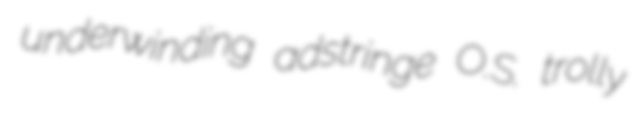
underwinding adstringe O.S. trolly